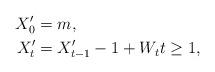
LaTeX: \begin{align*} X_0' & = m,\\ X_t' & = X_{t-1}' - 1 + W_t t \geq 1, \end{align*}